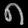
Digit: ၈